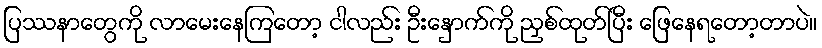
ပြဿနာတွေကို လာမေးနေကြတော့ ငါလည်း ဦးနှောက်ကို ညှစ်ထုတ်ပြီး ဖြေနေရတော့တာပဲ။